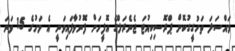
މައްސަލަ ތަހުގީގުކޮށް ޕްރޮސިކިއުޓަ ޖެނެރަލްގެ އޮފީހަށް ފޮނުވާފައިވަނީ އެ މަހުގެ 15 ވަނަ